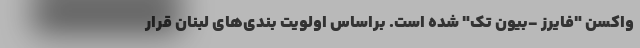
واکسن "فایرز -بیون تک" شده است. براساس اولویت بندی‌های لبنان قرار